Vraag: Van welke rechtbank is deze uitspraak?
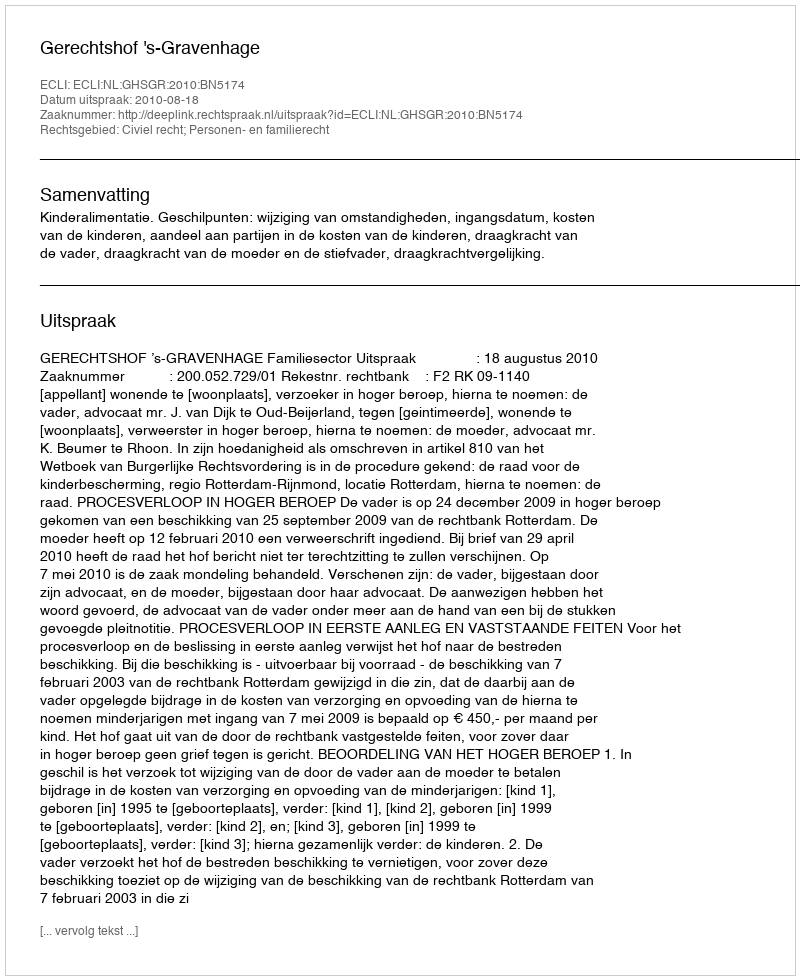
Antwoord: Gerechtshof 's-Gravenhage